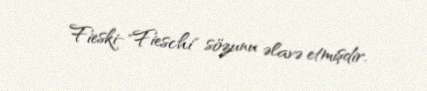
Fieski-"Fieschi" sözunu əlavə etmişdir.